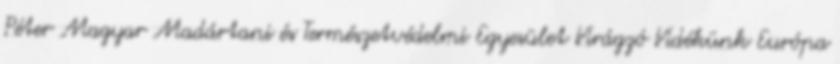
Péter Magyar Madártani és Természetvédelmi Egyesület Virágzó Vidékünk Európa